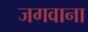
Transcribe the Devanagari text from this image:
जगवाना